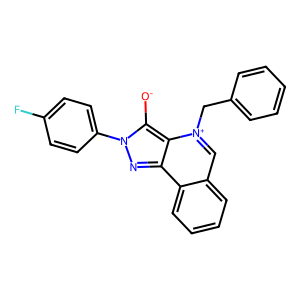
SMILES: [O-]c1c2c(nn1-c1ccc(F)cc1)c1ccccc1c[n+]2Cc1ccccc1
Inhibits HIV replication: No